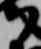
尉